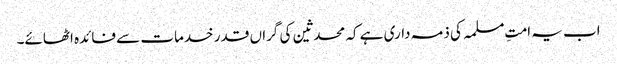
اب یہ امتِ مسلمہ کی ذمہ داری ہے کہ محدثین کی گراں قدر خدمات سے فائدہ اٹھائے۔